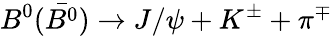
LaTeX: B^{0}(\bar{B^{0}})\rightarrow J/\psi+K^{\pm}+\pi^{\mp}